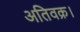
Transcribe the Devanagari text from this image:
अतिवक्र।